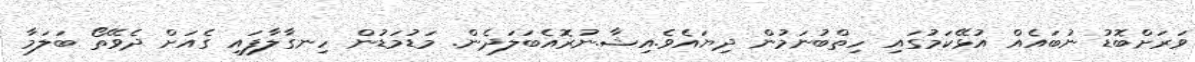
ވަރަށްބޮޑު ނުބައެއް އުޅޭކަމުގައި ހިތްބުނަމުން ދިޔައެވެ.އިޝާ.ނުރޮއެބަލަދެން. މަޑުމަޑުން ހިނގާލާފައި ގެއަށް ދެވޭތޯ ބަލަމާ